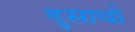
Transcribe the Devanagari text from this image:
दुसाधों